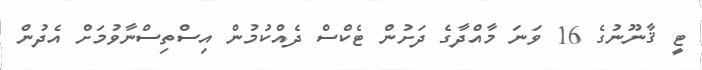
ޓީ ޤާނޫނުގެ 16 ވަނަ މާއްދާގެ ދަށުން ޓެކްސް ދެއްކުމުން އިސްތިސްނާވުމަށް އެދުން